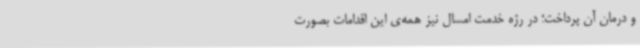
و درمان آن پرداخت؛ در رژه خدمت امسال نیز همه‌ی این اقدامات بصورت